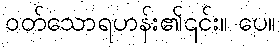
ဝတ်သောရဟန်း၏၎င်း။ ပေ။